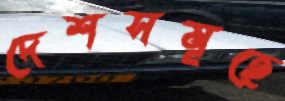
দেশসমূহে